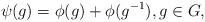
LaTeX: \begin{align*}\psi(g) = \phi(g) + \phi(g^{-1}), g \in G,\end{align*}